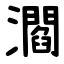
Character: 㶄